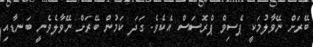
ބޭރަށް ނޭވާލުމަކީ ޕެސިވް ޕްރޮސަސް އެކެވެ. ގަދަ ކަމުން ބޭރަށް ނޭވާލެވެނީ ބަނޑާއި